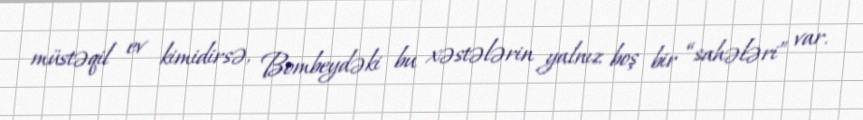
müstəqil ev kimidirsə, Bombeydəki bu xəstələrin yalnız boş bir “sahələri” var.